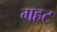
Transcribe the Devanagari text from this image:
गहट